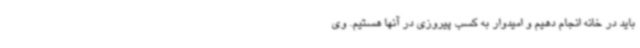
باید در خانه انجام دهیم و امیدوار به کسب پیروزی در آنها هستیم. وی